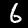
Digit: 6